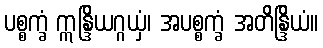
ပစ္စက္ခံ ဣန္ဒြိယဂ္ဂယှံ၊ အပစ္စက္ခံ အတိန္ဒြိယံ။